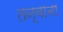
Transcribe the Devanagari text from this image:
तन्वाना